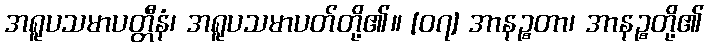
အရူပသမာပတ္တီနံ၊ အရူပသမာပတ်တို့၏။ [၀၇] အာနဉ္စတာ၊ အာနဉ္စတို့၏